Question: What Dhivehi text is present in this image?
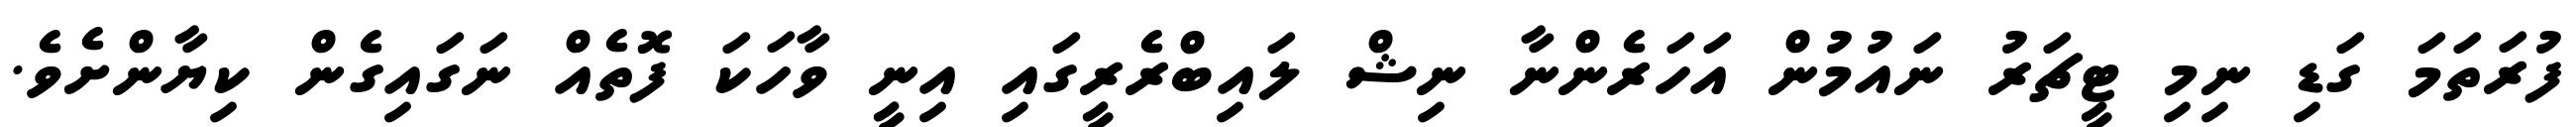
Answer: ފުރަތަމަ ގަޑި ނިމި ޓީޗަރު ނައުމުން އަހަރެންނާ ނިޝް ލައިބްރެރީގައި އިނީ ވާހަކަ ފޮތެއް ނަގައިގެން ކިޔާންށެވެ.